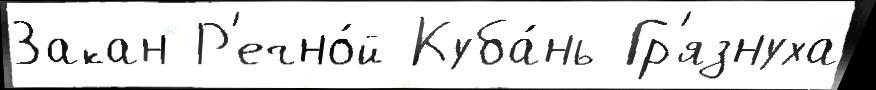
Закан Р'ечно́й Куба́нь Гр'язнуха